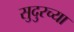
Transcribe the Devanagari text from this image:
सुदुरच्या